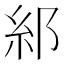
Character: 𮈂